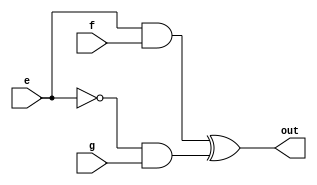
module ch (
    input wire [31:0] e, f, g,
    output wire [31:0] out
);
    assign out = (e & f) ^ (~e & g);
endmodule